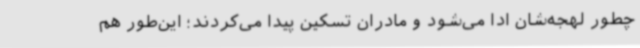
چطور لهجه‌شان ادا می‌شود و مادران تسکین پیدا می‌کردند؛ این‌طور هم